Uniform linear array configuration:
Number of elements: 16
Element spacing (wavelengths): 0.75
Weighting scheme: exponential
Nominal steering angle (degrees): -60
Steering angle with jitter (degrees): -61.076
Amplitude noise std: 0.05
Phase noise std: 0.05

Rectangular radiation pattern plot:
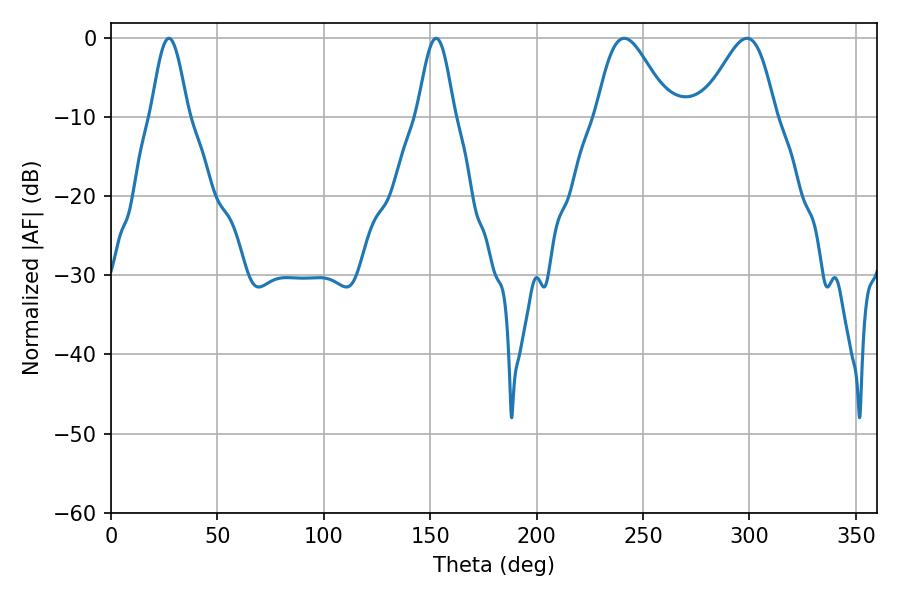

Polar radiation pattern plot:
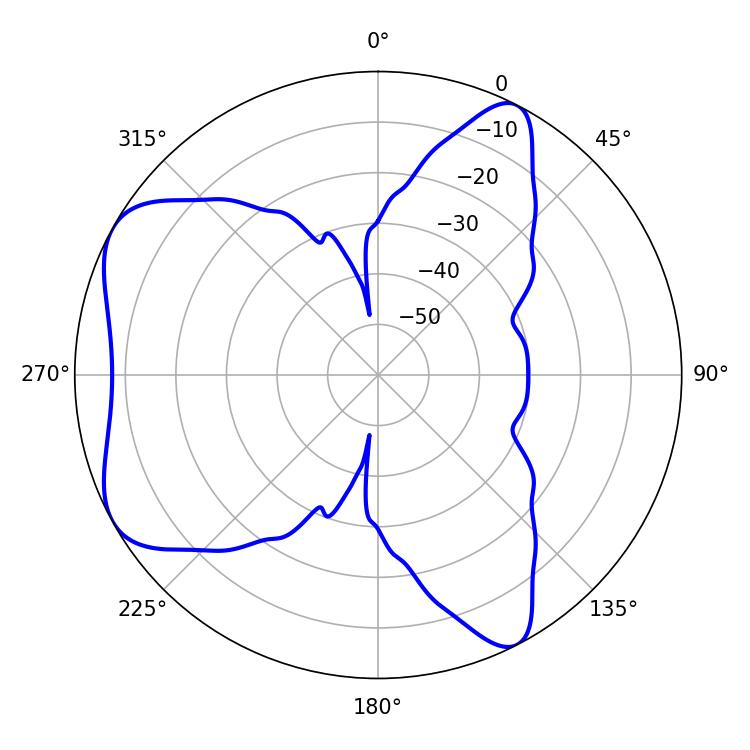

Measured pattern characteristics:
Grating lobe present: TRUE
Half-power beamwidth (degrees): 18
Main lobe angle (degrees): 241.2